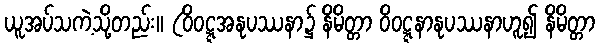
ယူအပ်သကဲ့သို့တည်း။ (ဝိဝဋ္ဋအနုပဿနာ၌ နိမိတ္တာ ဝိဝဋ္ဋနာနုပဿနာဟူ၍ နိမိတ္တာ